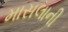
માસલાની